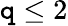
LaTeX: \mathtt{q}\leq2